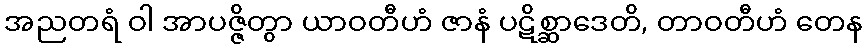
အညတရံ ဝါ အာပဇ္ဇိတွာ ယာဝတီဟံ ဇာနံ ပဋိစ္ဆာဒေတိ, တာဝတီဟံ တေန